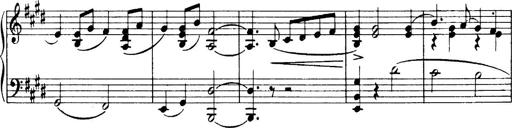
Title: 3 Sonatinas, Op.67
Composer: Jean Sibelius